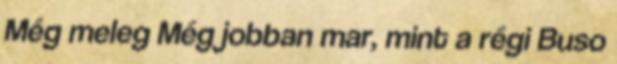
Még meleg Még jobban mar, mint a régi Buso